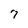
Character: 7